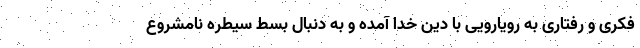
فکری و رفتاری به رویارویی با دین خدا آمده و به دنبال بسط سیطره نامشروع